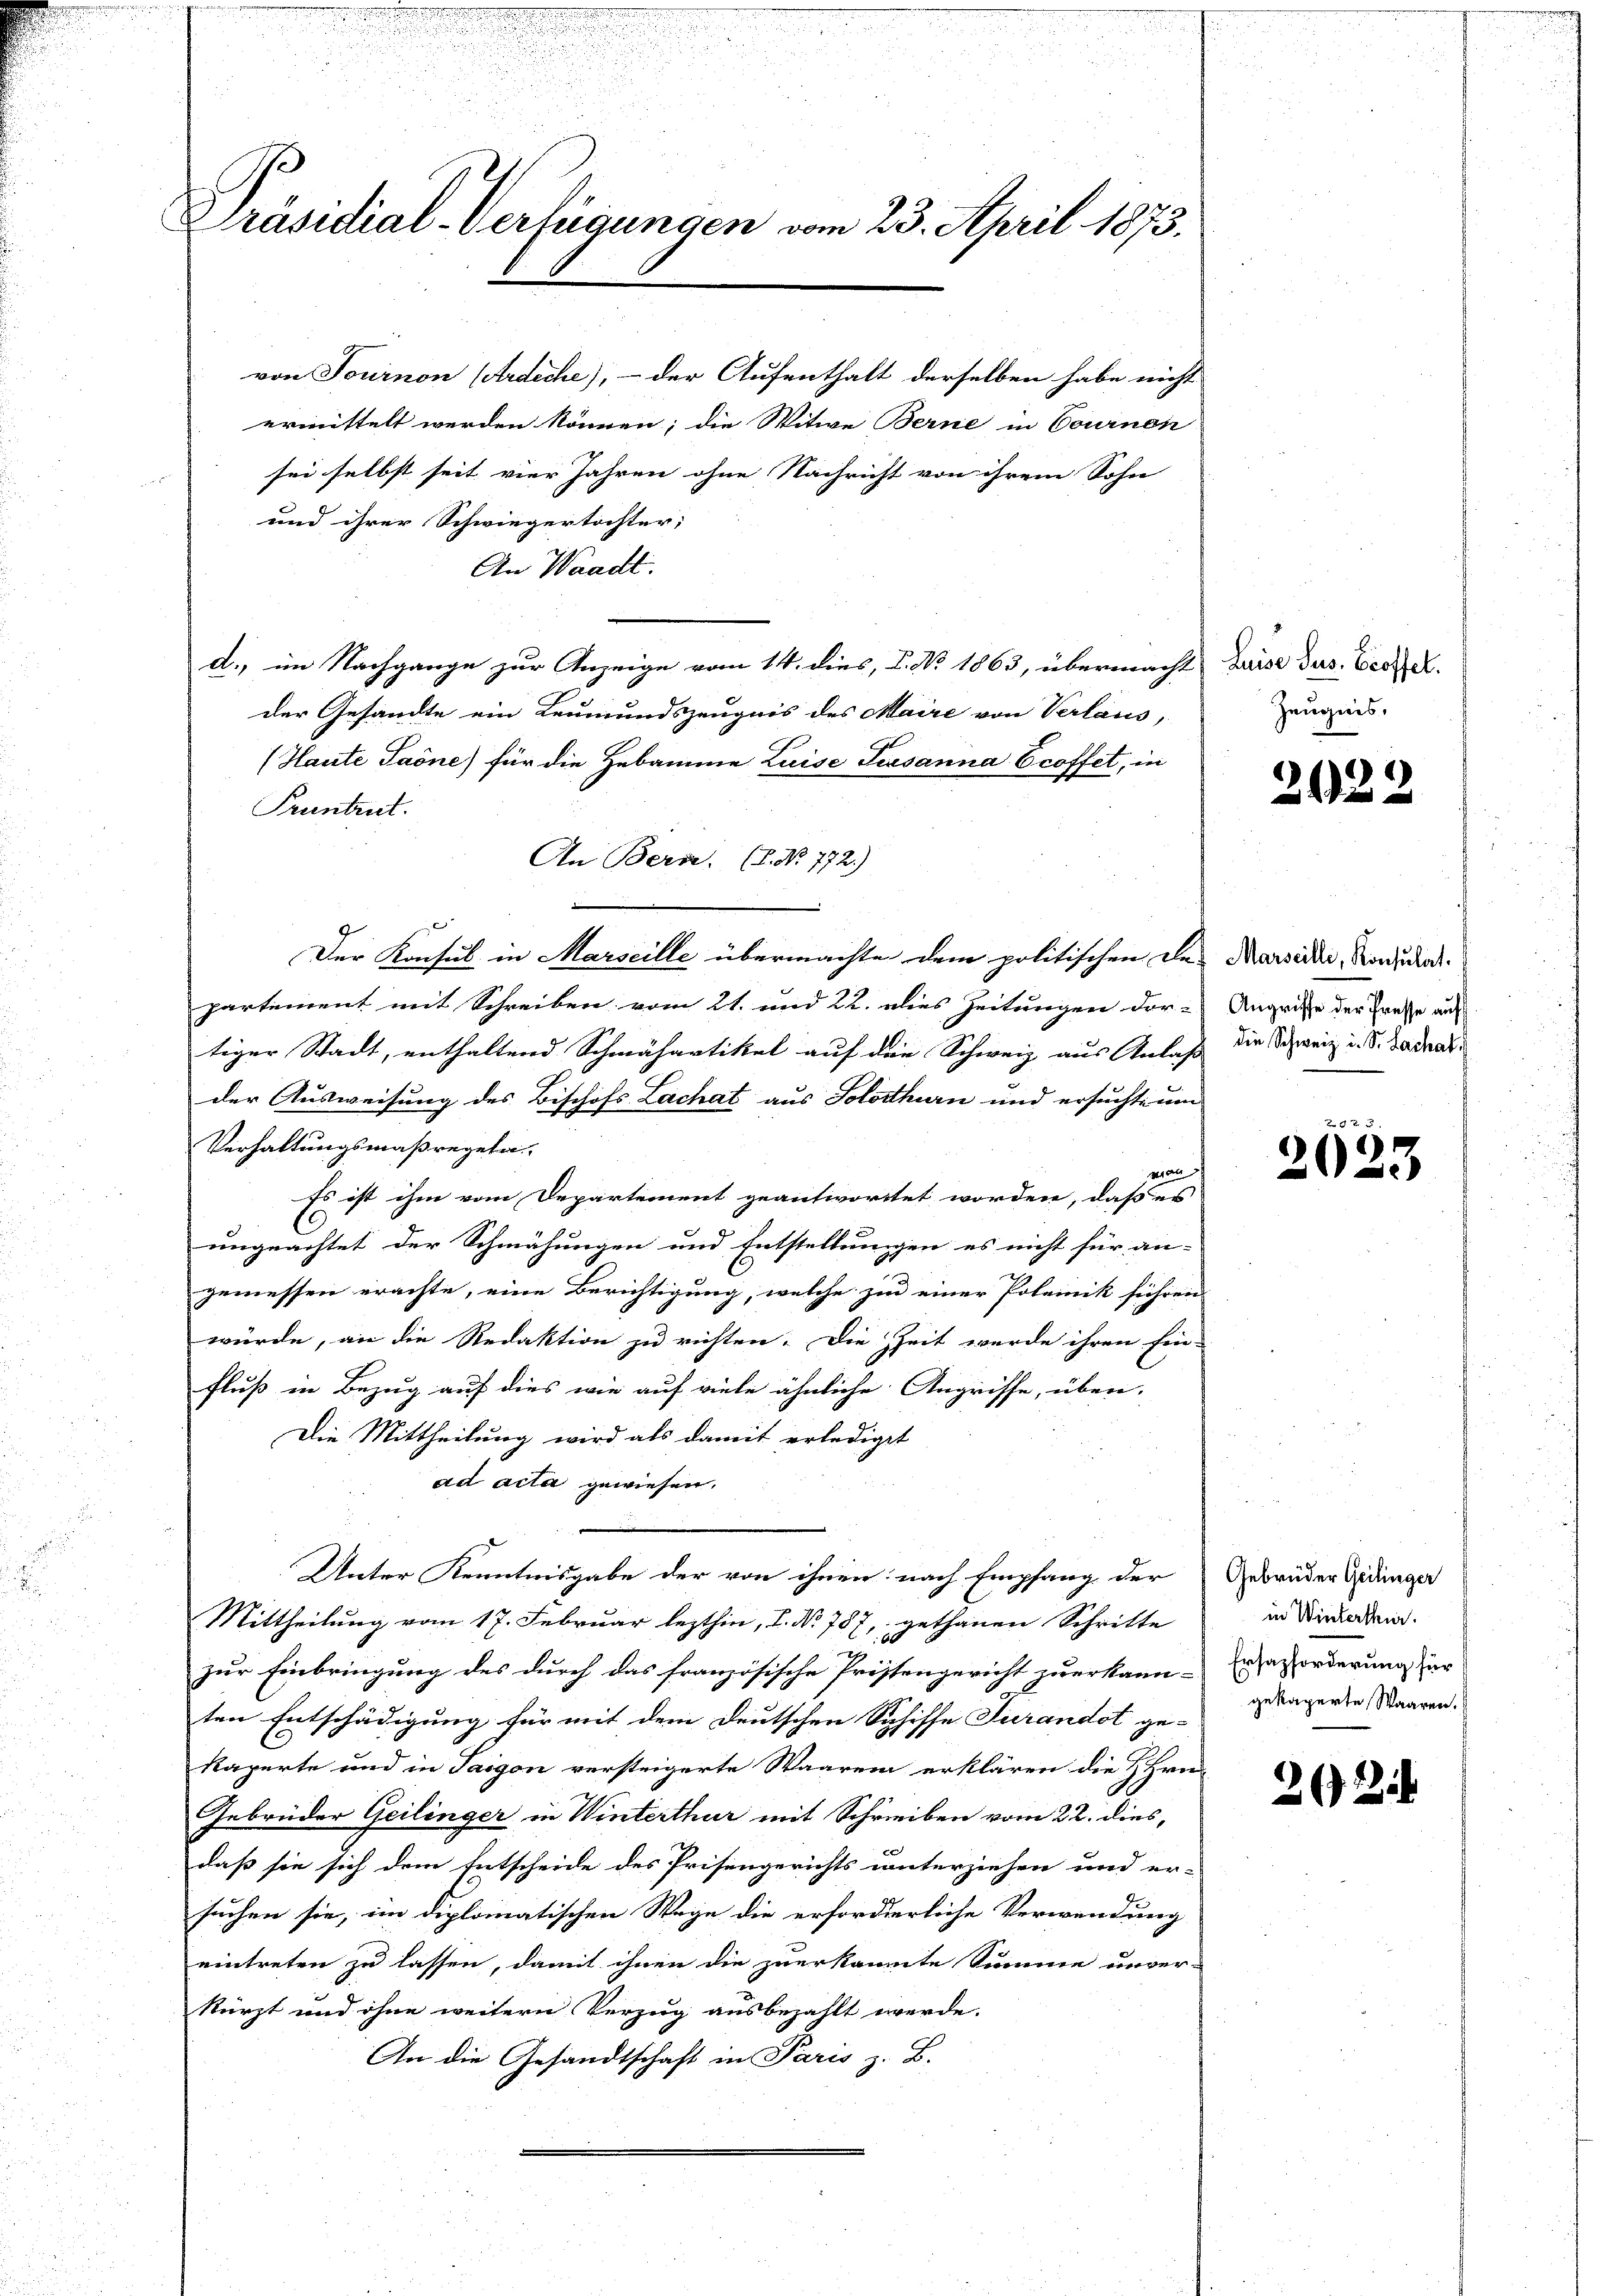
Escheinen den

.
Präsidial-Verlegungen vom 23. April 1873.

von Journon (Ardiche), - der Aufenthalt derselben habe nicht
ermittelt werden können; die Witwe Berne in Cournen
sei selbst seit vier Jahren ohne Nachricht von ihrem Sohn
und ihrer Schwiegertochter;
An Waadt.
d., im Nachgange zur Anzeige vom 14. dies, L. No. 1863, übermacht Luise dus. Verla
der Gesandte ein Leumundszeugnis des Maire von Verlaus,
(Haute Paone) für die Hebamme Luise Susanna Ecoffet, in
Pruntruct.
An Bern. (T. No. 772.)
9
Der Konsul in Marseille übermachte dem politischen De-
partement mit Schreiben vom 21. und 22. dies Zeitungen dor-
tiger Stadt, enthaltend Schmähartikel auf die Schweiz aus Anlaß
der Ausweisung des Bischofs Lachat aus Solothurn und ersuchte um
Verhaltungsmaßregeln
mian
Es ist ihm vom Departement geantwortet worden, daß es
ungeachtet der Schmähungen und Entstellungen es nicht für an-
gemessen erachte, eine Berichtigung, welche zu einer Polemik führen
würde, an die Redaktion zu richten. Die Zeit werde ihren Ein-
Fluß in Bezug auf dies wie auf viele ähnliche Angriffe, über-
Die Mittheilung wird als damit erlediget
ad acta gewiesen.
Unter Kenntnisgabe der von ihnen: nach Empfang der
Mittheilung vom 17. Februar lezthin, I. Nr. 787, gethanen Schritte
zur Einbringung des durch das französische Prissengericht zuerkann-aforderung zur
ten Entschädigung für mit dem Deutschen Schiffe Turandot ge-
kaperte und in Taigon versteigerte Waarem erklären die H. Hrn
Gebrüder Geilinger in Winterthur mit Schreiben vom 22. dies,
daß sie sich dem Entscheide des Prisengerichts unterziehen und er-
suchen sie, im diplomatischen Wege die erforderliche Verwendung
eintreten zu lassen, damit ihnen die zuerkannte Summe unver-
kürzt und ohne weitern Verzug ausbezahlt werde.
An die Gesandtschaft in Paris z. B.

Zeugnis.

2122

Marseilli, Konsulat.
Angriffe der Presse auf
die Schweiz in S. Lachat

f 0 x
2023

Gebrüder Geilinger
in Winterthur.
gekaperte Waaren.

22